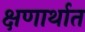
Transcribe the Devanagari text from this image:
क्षणार्थात